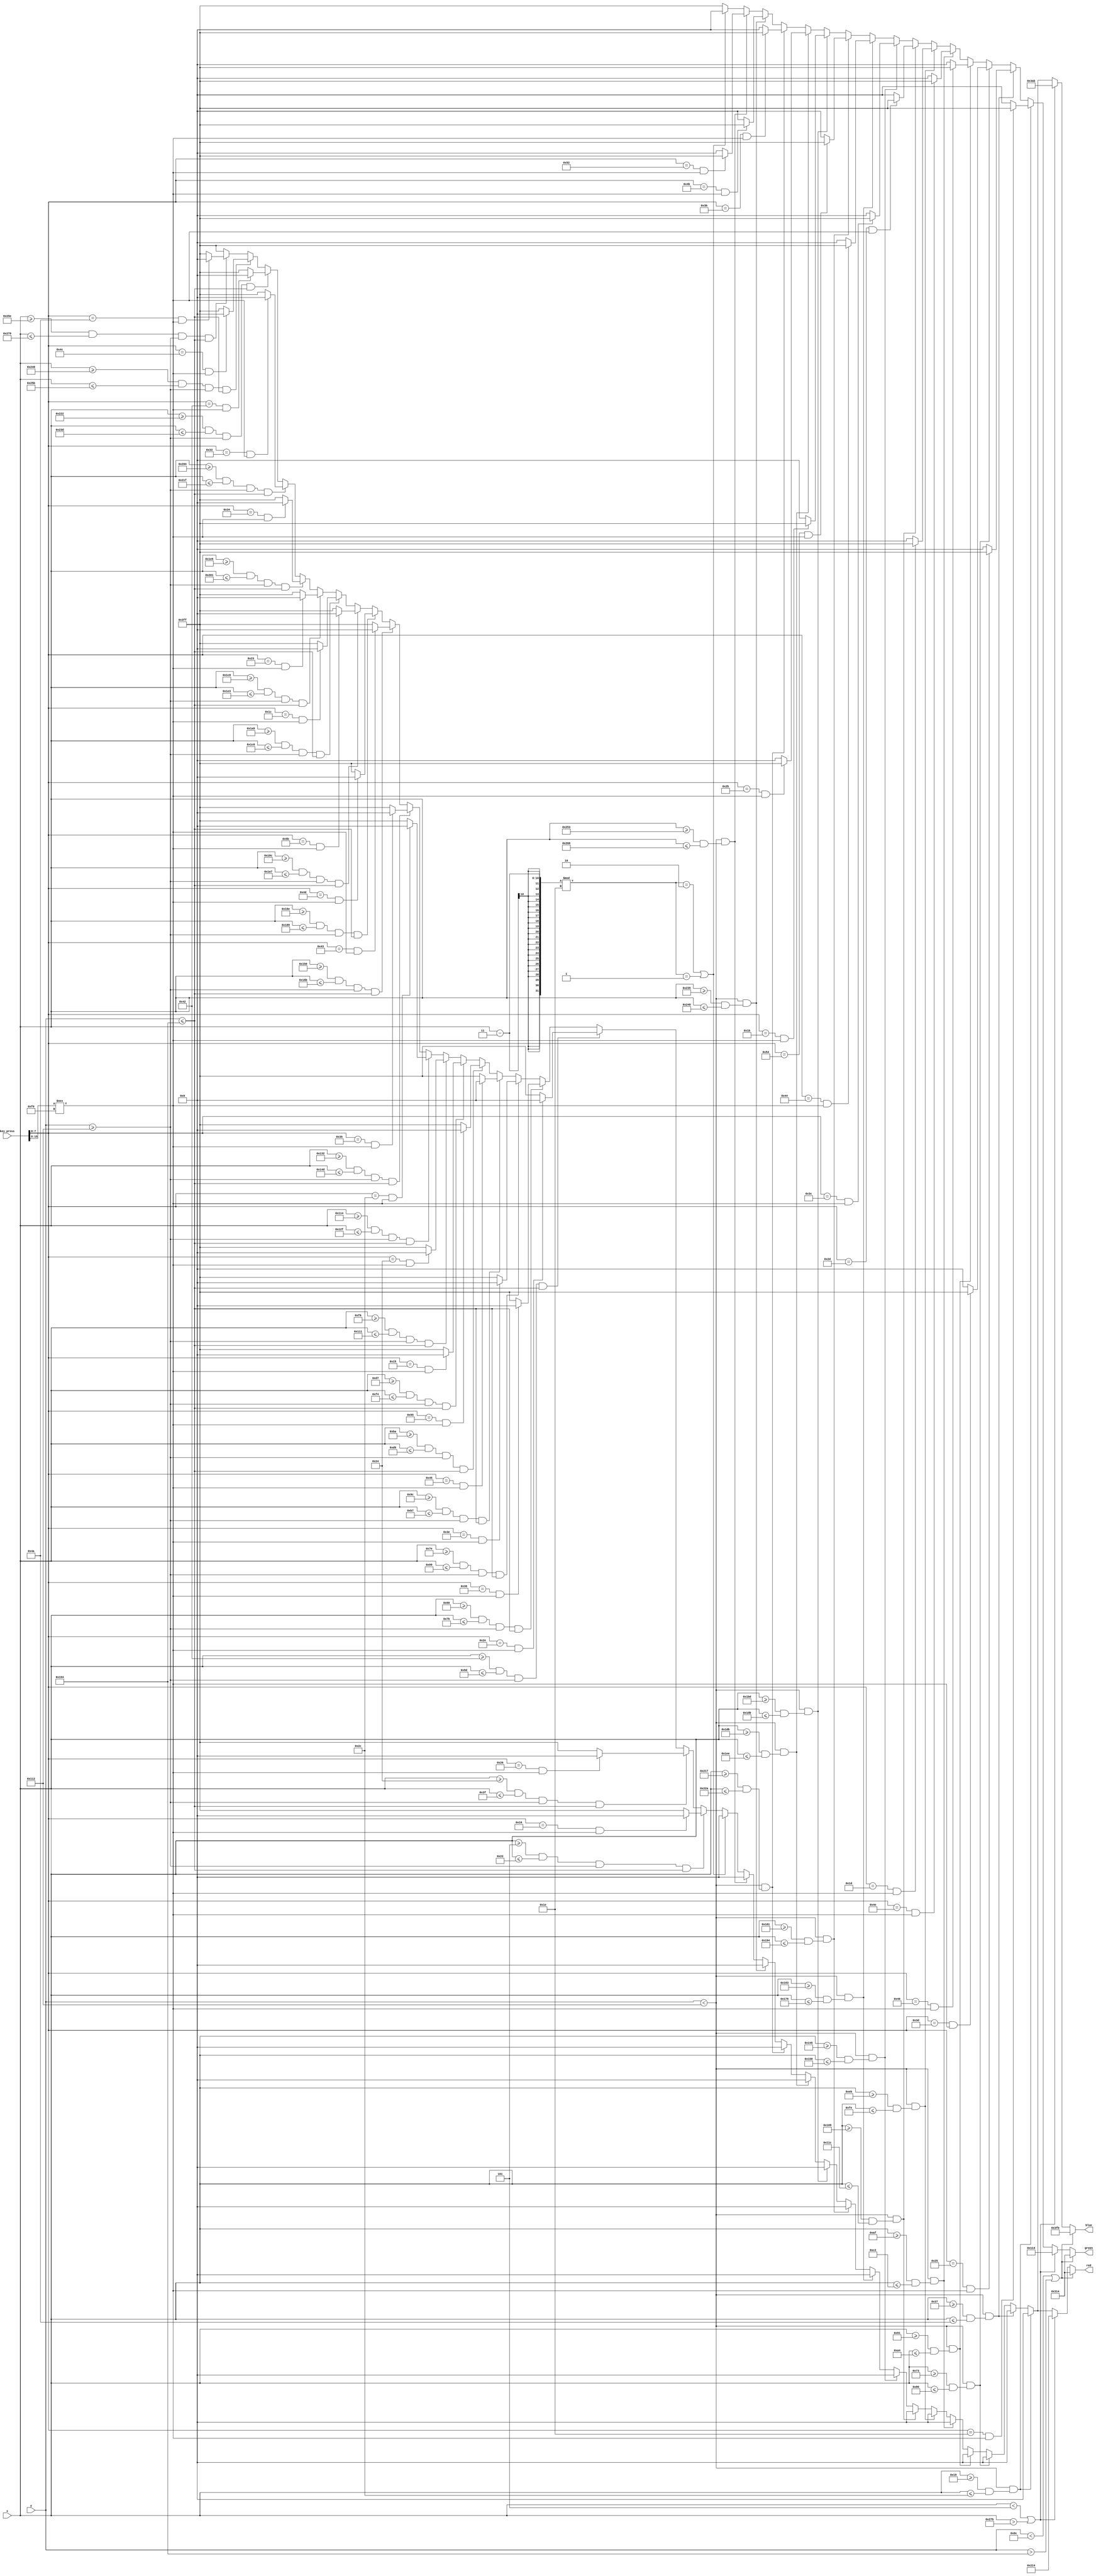
module bars(input [9:0] x, input [9:0] y, input [15:0] key_press,
	output reg [9:0] red, output reg [9:0] green, output reg [9:0] blue);

always @(*)
begin
	if (y < 140 || y > 340 )
		begin
			red = 10'b1100010100;
			green  = 10'b1100010100;
			blue = 10'b1111111011;
		end
	else if (x < 5 || x > 635)
		begin
			red = 10'b1000010100;
			green  = 10'b0100010100;
			blue = 10'b1110101011;
		end	
		
//press for CSDF1
	else if ((y<274)&&(x>=25&&x<=44))
	begin
		if ((key_press [7:0] == 8'h1e)&& (key_press [15:8] !== 8'hf0))
			begin
				red = 10'h0;
				green = 10'h3ff;
				blue = 10'h0;
			end
		else
			begin
				red = 10'b0;
				green = 10'b0;
				blue = 10'b0;
			end
	end
	
//press for DSEF1
	else if ((y<274)&&(x>=55&&x<=74))
	begin
		if ((key_press [7:0] == 8'h25)&& (key_press [15:8] !== 8'hf0))
			begin
				red = 10'h0;
				green = 10'h3ff;
				blue = 10'h0;
			end
		else
			begin
				red = 10'b0;
				green = 10'b0;
				blue = 10'b0;
			end
	end
	else if ((y<274)&&(x>=115&&x<=134))
	begin
		if ((key_press [7:0] == 8'h3d)&& (key_press [15:8] !== 8'hf0))
			begin
				red = 10'h0;
				green = 10'h3ff;
				blue = 10'h0;
			end
		else
			begin
				red = 10'b0;
				green = 10'b0;
				blue = 10'b0;
			end
	end
	else if ((y<274)&&(x>=145&&x<=164))
	begin
		if ((key_press [7:0] == 8'h46)&& (key_press [15:8] !== 8'hf0))
			begin
				red = 10'h0;
				green = 10'h3ff;
				blue = 10'h0;
			end
		else
			begin
				red = 10'b0;
				green = 10'b0;
				blue = 10'b0;
			end
	end
	else if ((y<274)&&(x>=175&&x<=194))
	begin
		if ((key_press [7:0] == 8'h4e)&& (key_press [15:8] !== 8'hf0))
			begin
				red = 10'h0;
				green = 10'h3ff;
				blue = 10'h0;
			end
		else
			begin
				red = 10'b0;
				green = 10'b0;
				blue = 10'b0;
			end
	end
	
	
	
	
//C2
	else if ((y<274)&&((x>=235&&x<=254)))
	begin
		if ((key_press [7:0] == 8'h1d)&& (key_press [15:8] !== 8'hf0))
			begin
				red = 10'h0;
				green = 10'h3ff;
				blue = 10'h0;
			end
		else
			begin
				red = 10'b0;
				green = 10'b0;
				blue = 10'b0;
			end
	end
	else if ((y<274)&&(x>=265&&x<=284))
	begin
		if ((key_press [7:0] == 8'h2d)&& (key_press [15:8] !== 8'hf0))
			begin
				red = 10'h0;
				green = 10'h3ff;
				blue = 10'h0;
			end
		else
			begin
				red = 10'b0;
				green = 10'b0;
				blue = 10'b0;
			end
	end	
	else if ((y<274)&&(x>=325&&x<=344))
	begin
		if ((key_press [7:0] == 8'h3c)&& (key_press [15:8] !== 8'hf0))
			begin
				red = 10'h0;
				green = 10'h3ff;
				blue = 10'h0;
			end
		else
			begin
				red = 10'b0;
				green = 10'b0;
				blue = 10'b0;
			end
	end
	else if ((y<274)&&(x>=355&&x<=374))
	begin
		if ((key_press [7:0] == 8'h44)&& (key_press [15:8] !== 8'hf0))
			begin
				red = 10'h0;
				green = 10'h3ff;
				blue = 10'h0;
			end
		else
			begin
				red = 10'b0;
				green = 10'b0;
				blue = 10'b0;
			end
	end	
	else if ((y<274)&&(x>=385&&x<=404))
	begin
		if ((key_press [7:0] == 8'h54)&& (key_press [15:8] !== 8'hf0))
			begin
				red = 10'h0;
				green = 10'h3ff;
				blue = 10'h0;
			end
		else
			begin
				red = 10'b0;
				green = 10'b0;
				blue = 10'b0;
			end
	end
	
	
//C3
	else if ((y<274)&&((x>=445&&x<=464)))
	begin
		if ((key_press [7:0] == 8'h1b)&& (key_press [15:8] !== 8'hf0))
			begin
				red = 10'h0;
				green = 10'h3ff;
				blue = 10'h0;
			end
		else
			begin
				red = 10'b0;
				green = 10'b0;
				blue = 10'b0;
			end
	end
	else if ((y<274)&&(x>=475&&x<=494))
	begin
		if ((key_press [7:0] == 8'h2b)&& (key_press [15:8] !== 8'hf0))
			begin
				red = 10'h0;
				green = 10'h3ff;
				blue = 10'h0;
			end
		else
			begin
				red = 10'b0;
				green = 10'b0;
				blue = 10'b0;
			end
	end	
	else if ((y<274)&&(x>=535&&x<=554))
	begin
		if ((key_press [7:0] == 8'h3b)&& (key_press [15:8] !== 8'hf0))
			begin
				red = 10'h0;
				green = 10'h3ff;
				blue = 10'h0;
			end
		else
			begin
				red = 10'b0;
				green = 10'b0;
				blue = 10'b0;
			end
	end
	else if ((y<274)&&(x>=565&&x<=584))
	begin
		if ((key_press [7:0] == 8'h4b)&& (key_press [15:8] !== 8'hf0))
			begin
				red = 10'h0;
				green = 10'h3ff;
				blue = 10'h0;
			end
		else
			begin
				red = 10'b0;
				green = 10'b0;
				blue = 10'b0;
			end
	end	
	else if ((y<274)&&(x>=595&&x<=614))
	begin
		if ((key_press [7:0] == 8'h52)&& (key_press [15:8] !== 8'hf0))
			begin
				red = 10'h0;
				green = 10'h3ff;
				blue = 10'h0;
			end
		else
			begin
				red = 10'b0;
				green = 10'b0;
				blue = 10'b0;
			end
	end
	

	else if ((((x-3)%30)==2)||(((x-3)%30)==1))
		begin
			red = 10'b0;
			green = 10'b0;
			blue = 10'b0;
		end
		
//press C1
	else if ((x>=5&&x<=34&&y>=274&&y<=340))
		begin
			if ((key_press [7:0] == 8'h16) && (key_press [15:8] !== 8'hf0))
				begin
					red = 10'h0;
					green = 10'h3ff;
					blue = 10'h0;
				end
			else
				begin
					red = 10'h3ff;
					green = 10'h3ff;
					blue = 10'h3ff;
				end
		end
		
		else if ((x>=36&&x<=63&&y>=274&&y<=340))
		begin
			if ((key_press [7:0] == 8'h26)&& (key_press [15:8] !== 8'hf0))
				begin
					red = 10'h0;
					green = 10'h3ff;
					blue = 10'h0;
				end
			else
				begin
					red = 10'h3ff;
					green = 10'h3ff;
					blue = 10'h3ff;
				end
		end

		else if ((x>=66&&x<=93&&y>=274&&y<=340))
		begin
			if ((key_press [7:0] == 8'h2e)&& (key_press [15:8] !== 8'hf0))
				begin
					red = 10'h0;
					green = 10'h3ff;
					blue = 10'h0;
				end
			else
				begin
					red = 10'h3ff;
					green = 10'h3ff;
					blue = 10'h3ff;
				end
		end

		else if ((x>=96&&x<=123&&y>=274&&y<=340))
		begin
			if ((key_press [7:0] == 8'h36)&& (key_press [15:8] !== 8'hf0))
				begin
					red = 10'h0;
					green = 10'h3ff;
					blue = 10'h0;
				end
			else
				begin
					red = 10'h3ff;
					green = 10'h3ff;
					blue = 10'h3ff;
				end
		end
		
		else if ((x>=126&&x<=153&&y>=274&&y<=340))
		begin
			if ((key_press [7:0] == 8'h3e)&& (key_press [15:8] !== 8'hf0))
				begin
					red = 10'h0;
					green = 10'h3ff;
					blue = 10'h0;
				end
			else
				begin
					red = 10'h3ff;
					green = 10'h3ff;
					blue = 10'h3ff;
				end
		end
		
		else if ((x>=156&&x<=183&&y>=274&&y<=340))
		begin
			if ((key_press [7:0] == 8'h45)&& (key_press [15:8] !== 8'hf0))
				begin
					red = 10'h0;
					green = 10'h3ff;
					blue = 10'h0;
				end
			else
				begin
					red = 10'h3ff;
					green = 10'h3ff;
					blue = 10'h3ff;
				end
		end
		
		else if ((x>=186&&x<=213&&y>=274&&y<=340))
		begin
			if ((key_press [7:0] == 8'h55)&& (key_press [15:8] !== 8'hf0))
				begin
					red = 10'h0;
					green = 10'h3ff;
					blue = 10'h0;
				end
			else
				begin
					red = 10'h3ff;
					green = 10'h3ff;
					blue = 10'h3ff;
				end
		end
		
//C2
else if ((x>=215&&x<=244&&y>=274&&y<=340))
	begin
		if ((key_press [7:0] == 8'h15)&& (key_press [15:8] !== 8'hf0))
			begin
				red = 10'h0;
				green = 10'h3ff;
				blue = 10'h0;
			end
		else
			begin
				red = 10'h3ff;
				green = 10'h3ff;
				blue = 10'h3ff;
			end
	end
	
	else if ((x>=246&&x<=273&&y>=274&&y<=340))
	begin
		if ((key_press [7:0] == 8'h24)&& (key_press [15:8] !== 8'hf0))
			begin
				red = 10'h0;
				green = 10'h3ff;
				blue = 10'h0;
			end
		else
			begin
				red = 10'h3ff;
				green = 10'h3ff;
				blue = 10'h3ff;
			end
	end

	else if ((x>=276&&x<=303&&y>=274&&y<=340))
	begin
		if ((key_press [7:0] == 8'h2c)&& (key_press [15:8] !== 8'hf0))
			begin
				red = 10'h0;
				green = 10'h3ff;
				blue = 10'h0;
			end
		else
			begin
				red = 10'h3ff;
				green = 10'h3ff;
				blue = 10'h3ff;
			end
	end

	else if ((x>=306&&x<=333&&y>=274&&y<=340))
	begin
		if ((key_press [7:0] == 8'h35)&& (key_press [15:8] !== 8'hf0))
			begin
				red = 10'h0;
				green = 10'h3ff;
				blue = 10'h0;
			end
		else
			begin
				red = 10'h3ff;
				green = 10'h3ff;
				blue = 10'h3ff;
			end
	end
	
	else if ((x>=336&&x<=363&&y>=274&&y<=340))
	begin
		if ((key_press [7:0] == 8'h43)&& (key_press [15:8] !== 8'hf0))
			begin
				red = 10'h0;
				green = 10'h3ff;
				blue = 10'h0;
			end
		else
			begin
				red = 10'h3ff;
				green = 10'h3ff;
				blue = 10'h3ff;
			end
	end
	
	else if ((x>=366&&x<=393&&y>=274&&y<=340))
	begin
		if ((key_press [7:0] == 8'h4d)&& (key_press [15:8] !== 8'hf0))
			begin
				red = 10'h0;
				green = 10'h3ff;
				blue = 10'h0;
			end
		else
			begin
				red = 10'h3ff;
				green = 10'h3ff;
				blue = 10'h3ff;
			end
	end
	
	else if ((x>=396&&x<=423&&y>=274&&y<=340))
	begin
		if ((key_press [7:0] == 8'h5b)&& (key_press [15:8] !== 8'hf0))
			begin
				red = 10'h0;
				green = 10'h3ff;
				blue = 10'h0;
			end
		else
			begin
				red = 10'h3ff;
				green = 10'h3ff;
				blue = 10'h3ff;
			end
	end
	
//C3
else if ((x>=425&&x<=454&&y>=274&&y<=340))
	begin
		if ((key_press [7:0] == 8'h1c)&& (key_press [15:8] !== 8'hf0))
			begin
				red = 10'h0;
				green = 10'h3ff;
				blue = 10'h0;
			end
		else
			begin
				red = 10'h3ff;
				green = 10'h3ff;
				blue = 10'h3ff;
			end
	end
	
	else if ((x>=456&&x<=483&&y>=274&&y<=340))
	begin
		if ((key_press [7:0] == 8'h23)&& (key_press [15:8] !== 8'hf0))
			begin
				red = 10'h0;
				green = 10'h3ff;
				blue = 10'h0;
			end
		else
			begin
				red = 10'h3ff;
				green = 10'h3ff;
				blue = 10'h3ff;
			end
	end

	else if ((x>=486&&x<=513&&y>=274&&y<=340))
	begin
		if ((key_press [7:0] == 8'h34)&& (key_press [15:8] !== 8'hf0))
			begin
				red = 10'h0;
				green = 10'h3ff;
				blue = 10'h0;
			end
		else
			begin
				red = 10'h3ff;
				green = 10'h3ff;
				blue = 10'h3ff;
			end
	end

	else if ((x>=516&&x<=543&&y>=274&&y<=340))
	begin
		if ((key_press [7:0] == 8'h33)&& (key_press [15:8] !== 8'hf0))
			begin
				red = 10'h0;
				green = 10'h3ff;
				blue = 10'h0;
			end
		else
			begin
				red = 10'h3ff;
				green = 10'h3ff;
				blue = 10'h3ff;
			end
	end
	
	else if ((x>=546&&x<=573&&y>=274&&y<=340))
	begin
		if ((key_press [7:0] == 8'h42)&& (key_press [15:8] !== 8'hf0))
			begin
				red = 10'h0;
				green = 10'h3ff;
				blue = 10'h0;
			end
		else
			begin
				red = 10'h3ff;
				green = 10'h3ff;
				blue = 10'h3ff;
			end
	end
	
	else if ((x>=576&&x<=603&&y>=274&&y<=340))
	begin
		if ((key_press [7:0] == 8'h4c)&& (key_press [15:8] !== 8'hf0))
			begin
				red = 10'h0;
				green = 10'h3ff;
				blue = 10'h0;
			end
		else
			begin
				red = 10'h3ff;
				green = 10'h3ff;
				blue = 10'h3ff;
			end
	end
	
	else if ((x>=606&&x<=633&&y>=274&&y<=340))
	begin
		if ((key_press [7:0] == 8'h4a)&& (key_press [15:8] !== 8'hf0))
			begin
				red = 10'h0;
				green = 10'h3ff;
				blue = 10'h0;
			end
		else
			begin
				red = 10'h3ff;
				green = 10'h3ff;
				blue = 10'h3ff;
			end
	end	
	
	
	else
		begin
			red = 10'h3ff;
			green = 10'h3ff;
			blue = 10'h3ff;
		end
end

endmodule